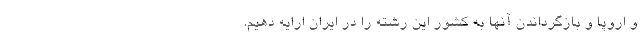
و اروپا و بازگرداندن آنها به كشور این رشته را در ایران ارایه دهیم.